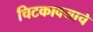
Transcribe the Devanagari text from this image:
चिटकावयाचे